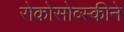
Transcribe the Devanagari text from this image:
रोकोसोव्स्कीने